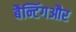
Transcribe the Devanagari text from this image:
बैन्टिंगऔर